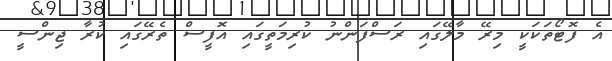
އެ ފޮޓޯތަަކަކީ މިރޭ މާލޭގައި ރަސްފަންނު ކުރިމަތީގައި އޮފީސް ތެރޭގައި ކުރާ ޖިންސީ